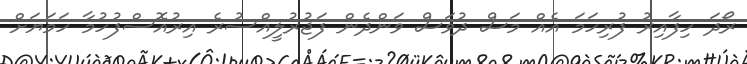
ރޯދަ ހިފާއިރު ފުރިހަމަ އެއް މަސް ދުވަސް ވަންދެން ފަޖުރުލީއްސުރެ އިރުއޮސްފުހުމާ ހަމަޔަށް